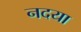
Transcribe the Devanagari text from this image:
नदया